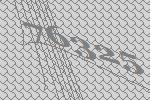
76325